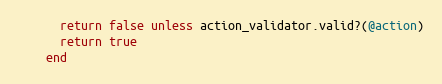
Language: Ruby
      return false unless action_validator.valid?(@action)
      return true
    end